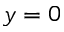
y = 0